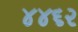
૪૪૬૨